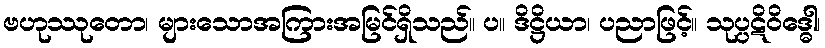
ဗဟုဿုတော၊ များသောအကြားအမြင်ရှိသည်။ ပ။ ဒိဋ္ဌိယာ၊ ပညာဖြင့်။ သုပ္ပဋိဝိဒ္ဓေါ၊